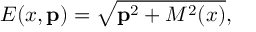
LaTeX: E ( x , { \bf p } ) = \sqrt { { \bf p } ^ { 2 } + M ^ { 2 } ( x ) } ,